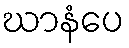
ဃာနံပေ